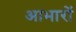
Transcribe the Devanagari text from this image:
आभारों